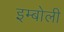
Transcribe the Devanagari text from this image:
इम्बोली